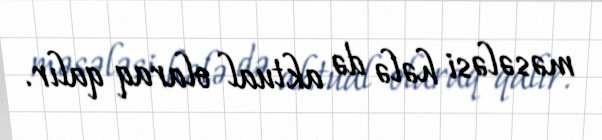
məsələsi hələ də aktual olaraq qalır.